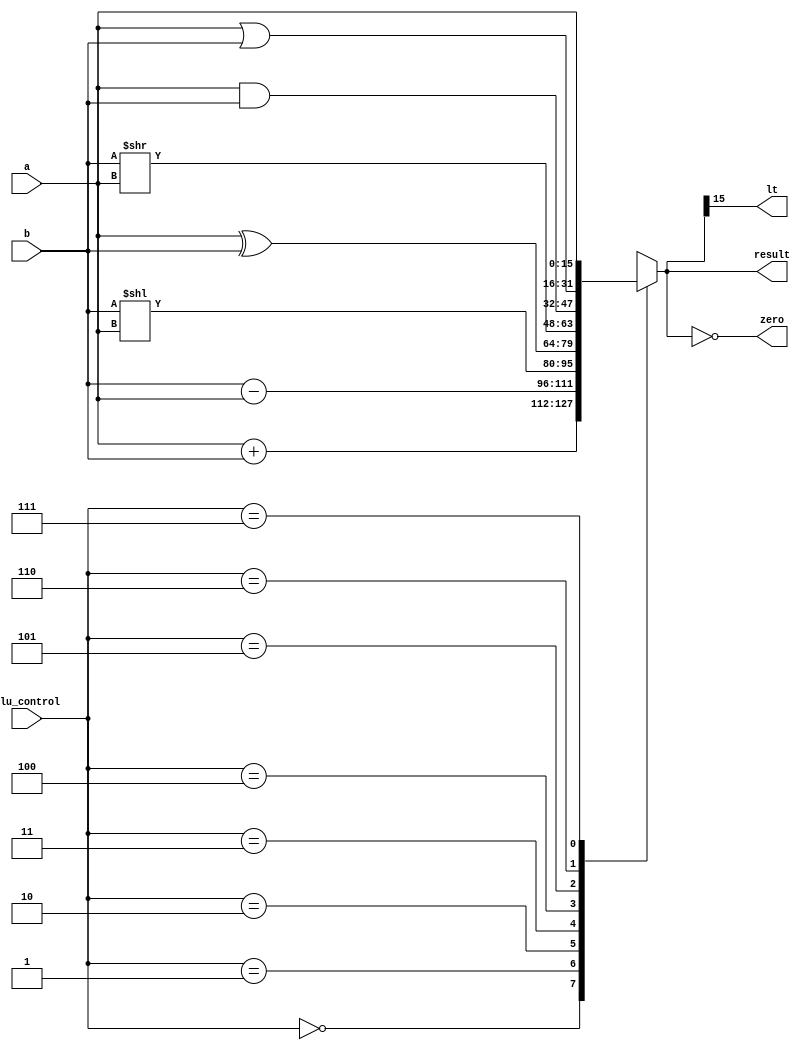
`timescale 1ns / 1ps
module ALU(
 input  [15:0] a,  //src1
 input  [15:0] b,  //src2
 input  [2:0] alu_control, //function sel
 
 output reg [15:0] result,  //result 
 output zero,lt
    );

always @(*)
begin 
 case(alu_control)
 3'b000: result = a + b; // add
 3'b001: result = b - a; // sub
 3'b010: result = b << a;
 3'b011: result = a^b;
 3'b100: result = b>>a;
 3'b101: result = a & b; // and
 3'b110: result = a | b; // or
 3'b111: result = a;   //a 
 default:result = a + b; // add
 endcase
end
assign zero = (result==16'd0); 
assign lt = result[15];
endmodule